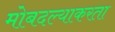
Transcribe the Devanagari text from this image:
मोबदल्याकरता